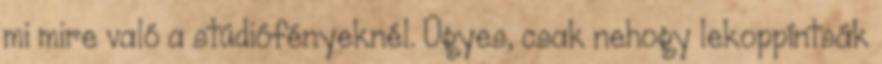
mi mire való a stúdiófényeknél. Ügyes, csak nehogy lekoppíntsák